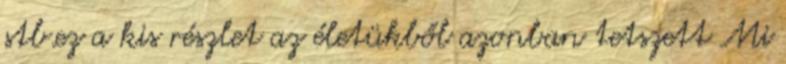
stb.ez a kis részlet az életükből azonban tetszett Mi